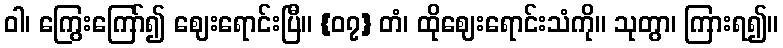
ဝါ၊ ကြွေးကြော်၍ ဈေးရောင်းပြီ။ {၀၇} တံ၊ ထိုဈေးရောင်းသံကို။ သုတွာ၊ ကြားရ၍။